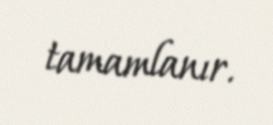
tamamlanır.